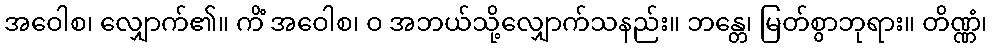
အဝေါစ၊ လျှောက်၏။ ကိံ အဝေါစ၊ ဝ အဘယ်သို့လျှောက်သနည်း။ ဘန္တေ၊ မြတ်စွာဘုရား။ တိဏ္ဏံ၊